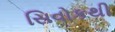
સિવોકથી